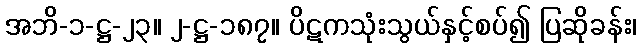
အဘိ-၁-ဋ္ဌ-၂၃။ ၂-ဋ္ဌ-၁၈၇။ ပိဋကသုံးသွယ်နှင့်စပ်၍ ပြဆိုခန်း၊